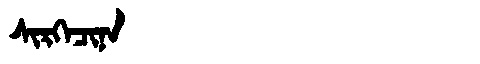
Manchu: ᠰᡳᡵᡴᡝᠴᡳᠨᠠ
Romanization: SIRKECINA